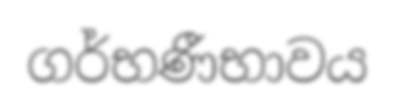
ගර්භණීභාවය